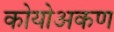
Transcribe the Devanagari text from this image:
कोयोअकण